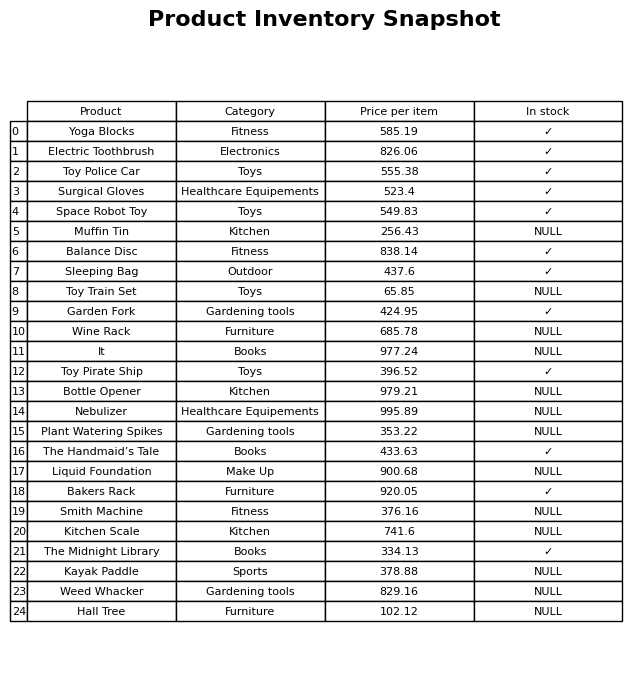
question: What is the stock status of the Kayak Paddle?
answer: NULL